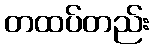
တထပ်တည်း